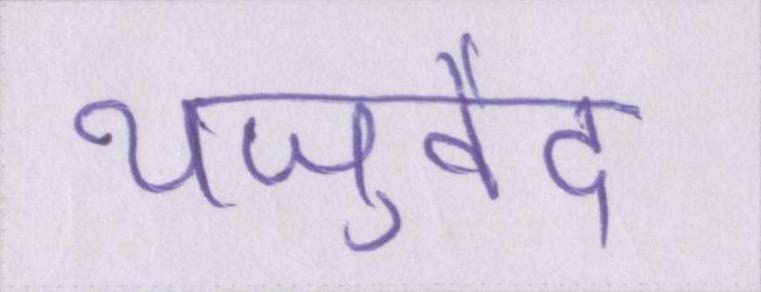
यजुर्वेद